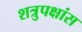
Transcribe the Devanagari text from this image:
शत्रुपक्षांस